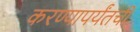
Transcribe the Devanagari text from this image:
करण्यापर्यंतची